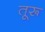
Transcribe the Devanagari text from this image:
तूरू